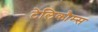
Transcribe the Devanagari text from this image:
टेलिकौम्स